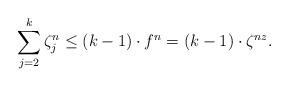
LaTeX: \begin{align*} \sum_{j=2}^{k} \zeta_{j}^{n}\leq (k-1)\cdot f^{n}= (k-1)\cdot \zeta^{nz}.\end{align*}